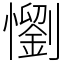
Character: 懰